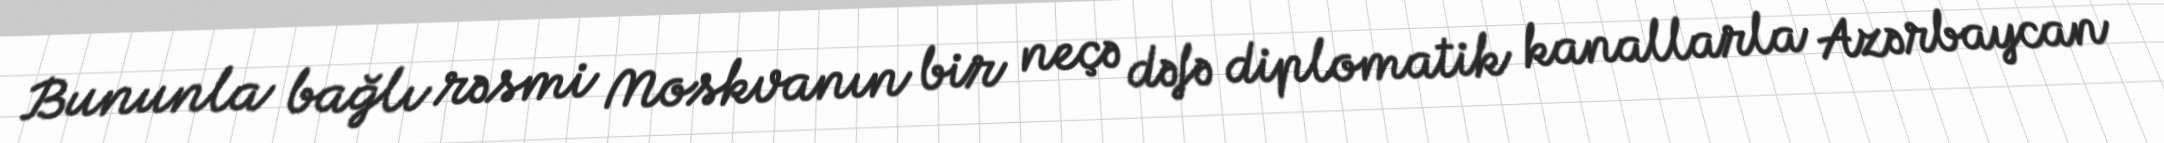
Bununla bağlı rəsmi Moskvanın bir neçə dəfə diplomatik kanallarla Azərbaycan